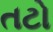
તટો